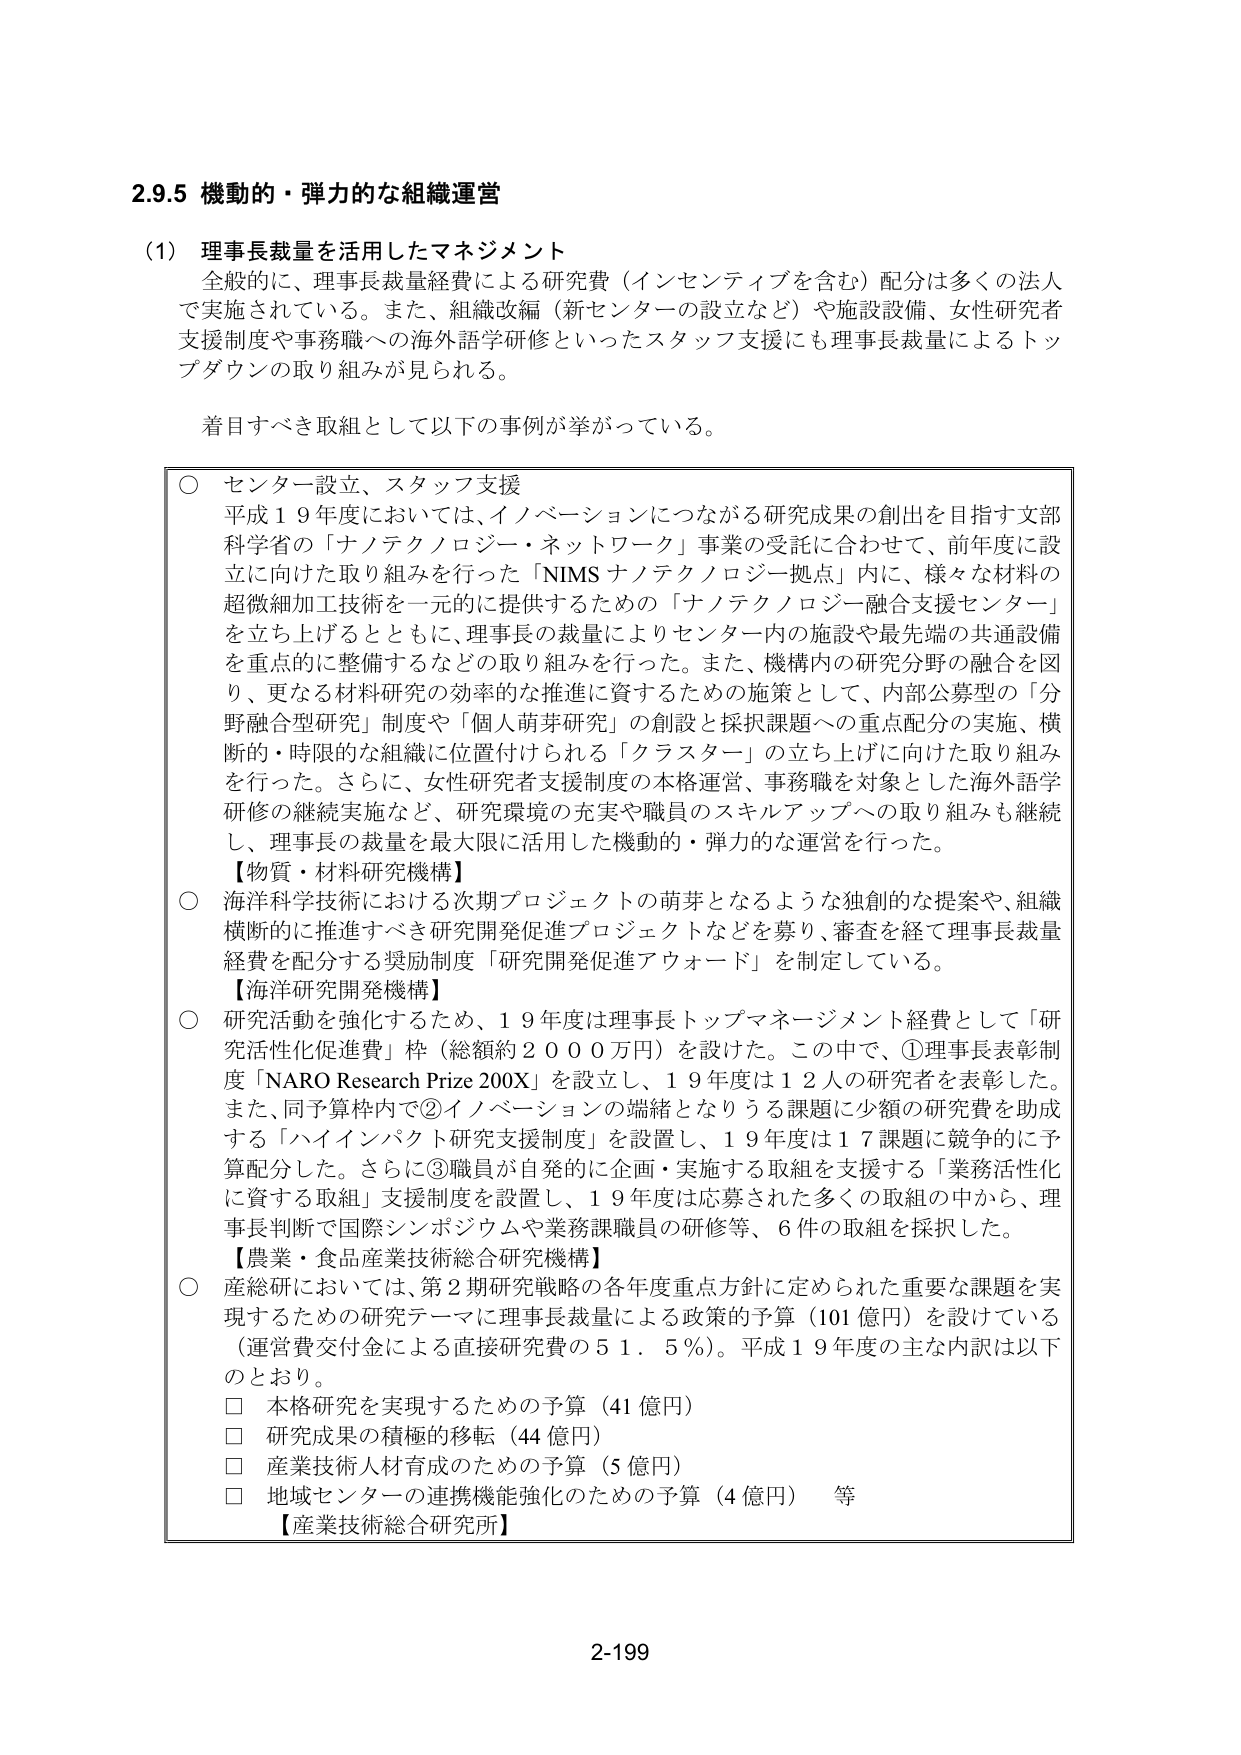
2.9.5 機動的・弾力的な組織運営

(1) 理事長裁量を活用したマネジメント
全般的に、理事長裁量経費による研究費（インセンティブを含む）配分は多くの法人で実施されている。また、組織改編（新センターの設立など）や施設設備、女性研究者支援制度や事務職への海外語学研修といったスタッフ支援にも理事長裁量によるトップダウンの取り組みが見られる。

着目すべき取組として以下の事例が挙がっている。

○ センター設立、スタッフ支援
平成19年度においては、イノベーションにつながる研究成果の創出を目指す文部科学省の「ナノテクノロジー・ネットワーク」事業の受託に合わせて、前年度に設立に向けた取り組みを行った「NIMS ナノテクノロジー拠点」内に、様々な材料の超微細加工技術を一元的に提供するための「ナノテクノロジー融合支援センター」を立ち上げるとともに、理事長の裁量によりセンター内の施設や最先端の共通設備を重点的に整備するなどの取り組みを行った。また、機構内の研究分野の融合を図り、更なる材料研究の効率的な推進に資するための施策として、内部公募型の「分野融合型研究」制度や「個人萌芽研究」の創設と採択課題への重点配分の実施、横断的・時限的な組織に位置付けられる「クラスター」の立ち上げに向けた取り組みを行った。さらに、女性研究者支援制度の本格運営、事務職を対象とした海外語学研修の継続実施など、研究環境の充実や職員のスキルアップへの取り組みも継続し、理事長の裁量を最大限に活用した機動的・弾力的な運営を行った。

【物質・材料研究機構】
○ 海洋科学技術における次期プロジェクトの萌芽となるような独創的な提案や、組織横断的に推進すべき研究開発促進プロジェクトなどを募り、審査を経て理事長裁量経費を配分する奨励制度「研究開発促進アワード」を制定している。

【海洋研究開発機構】
○ 研究活動を強化するため、19年度は理事長トップマネージメント経費として「研究活性化促進費」枠（総額約2000万円）を設けた。この中で、①理事長表彰制度「NARO Research Prize 200X」を設立し、19年度は12人の研究者を表彰した。また、同予算枠内で②イノベーションの端緒となりうる課題に少額の研究費を助成する「ハイインパクト研究支援制度」を設置し、19年度は17課題に競争的に予算配分した。さらに③職員が自発的に企画・実施する取組を支援する「業務活性化に資する取組」支援制度を設置し、19年度は応募された多くの取組の中から、理事長判断で国際シンポジウムや業務課職員の研修等、6件の取組を採択した。

【農業・食品産業技術総合研究機構】
○ 産総研においては、第2期研究戦略の各年度重点方針に定められた重要な課題を実現するための研究テーマに理事長裁量による政策的予算（101億円）を設けている（運営費交付金による直接研究費の51.5％）。平成19年度の主な内訳は以下のとおり。
□ 本格研究を実現するための予算（41億円）
□ 研究成果の積極的移転（44億円）
□ 産業技術人材育成のための予算（5億円）
□ 地域センターの連携機能強化のための予算（4億円） 等

【産業技術総合研究所】

2-199